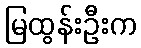
မြထွန်းဦးက